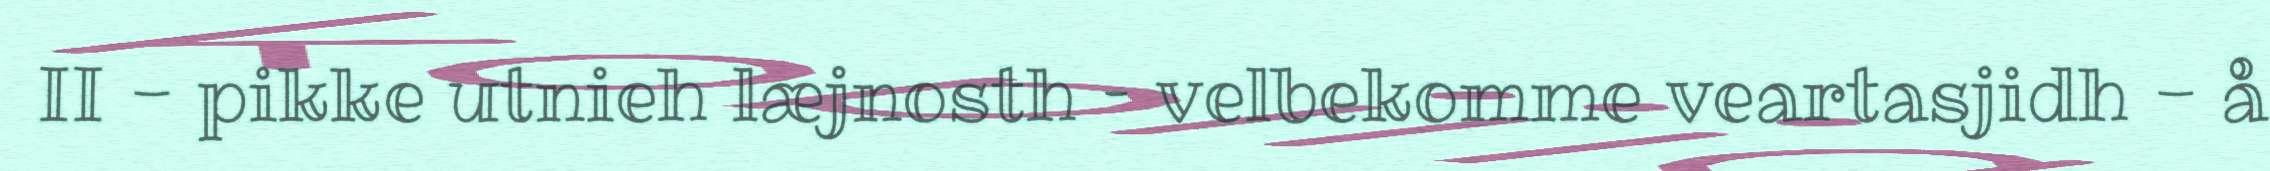
II - pikke utnieh læjnosth – velbekomme veartasjidh - å